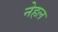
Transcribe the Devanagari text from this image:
नेहल